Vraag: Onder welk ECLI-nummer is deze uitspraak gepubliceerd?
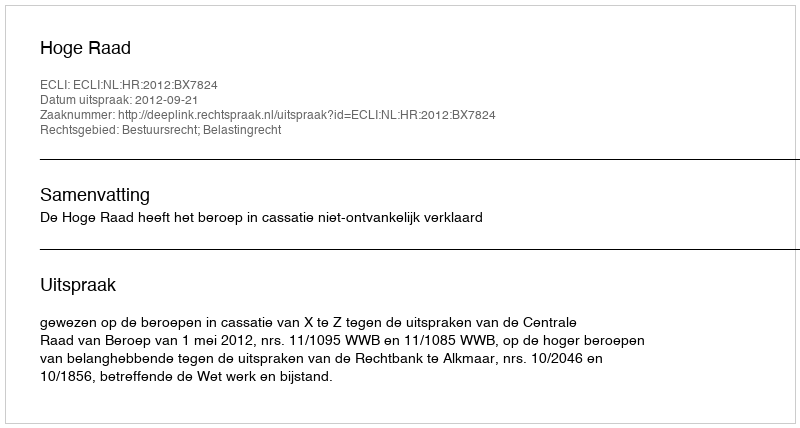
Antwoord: ECLI:NL:HR:2012:BX7824